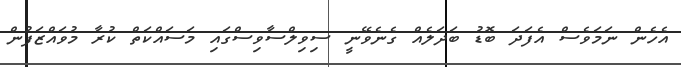
އެހެން ނަމަވެސް އެފަދަ ބޮޑު ބަދަލެއް ގެނެވޭނީ ސިވިލްސާވިސްގައި މަސައްކަތް ކުރާ މުވައްޒަފުން